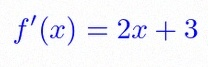
f'(x)=2x+3